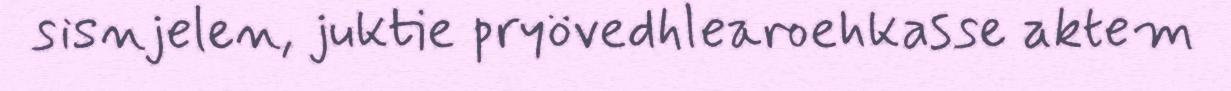
sisnjelen, juktie pryövedhlearoehkasse aktem